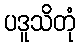
ပဒူသိတုံ